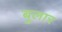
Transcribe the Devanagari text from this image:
बुलार